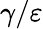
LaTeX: \gamma/\varepsilon